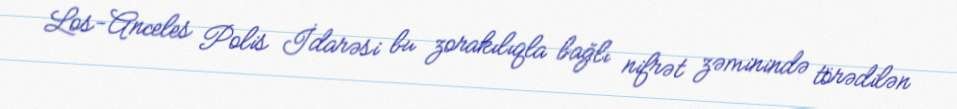
Los-Anceles Polis İdarəsi bu zorakılıqla bağlı nifrət zəminində törədilən